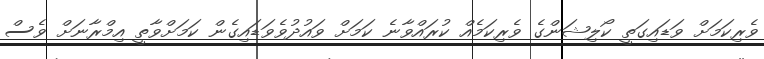
ވެރިކަމަށް ވަޑައިގަތީ ކޯލިޝަންގެ ވެރިކަމެއް ކުރައްވާނެ ކަމަށް ވައުދުވެވަޑައިގެން ކަމަށްވާތީ އިމްރާނަށް ވެސް